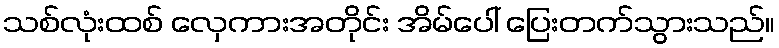
သစ်လုံးထစ် လှေကားအတိုင်း အိမ်ပေါ် ပြေးတက်သွားသည်။